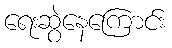
ရေးဆွဲနေကြောင်း